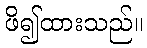
ဖိ၍ထားသည်။